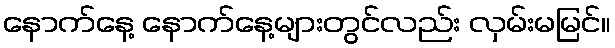
နောက်နေ့ နောက်နေ့များတွင်လည်း လှမ်းမမြင်။